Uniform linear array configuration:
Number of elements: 16
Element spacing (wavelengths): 0.25
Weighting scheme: binomial
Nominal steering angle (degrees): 0
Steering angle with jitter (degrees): -0.9728
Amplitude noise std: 0.05
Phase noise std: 0.05

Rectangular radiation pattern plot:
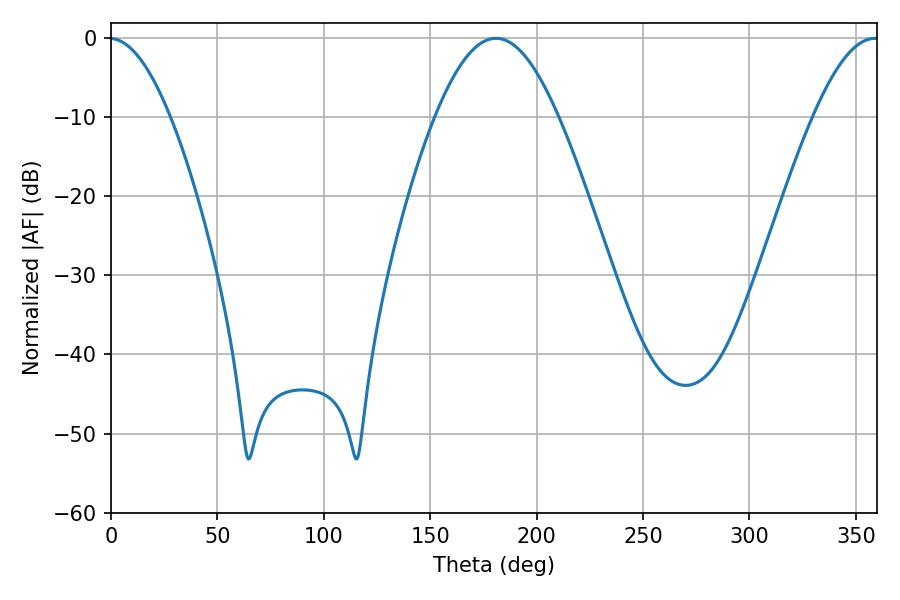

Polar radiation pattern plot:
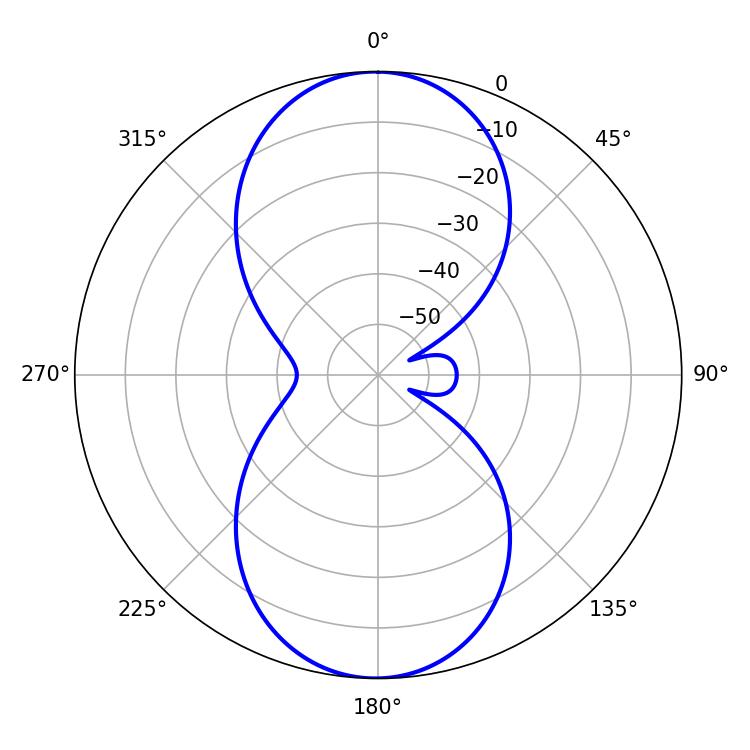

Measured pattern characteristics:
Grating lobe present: FALSE
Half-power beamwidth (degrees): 31.32
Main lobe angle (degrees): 180.9